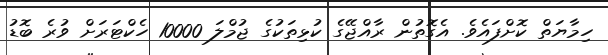
ހިމާޔަތް ކޮށްފައެވެ. އެގޮތުން ރާއްޖޭގެ ކުޅިތަކުގެ ޖުމްލަ 10000 ހެކްޓަރަށް ވުރެ ބޮޑު